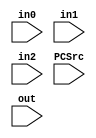
`timescale 1ns / 1ps
//////////////////////////////////////////////////////////////////////////////////
// Company: 
// Engineer: 
// 
// Design Name: 
// Module Name: DataSelect32_plus
// Project Name: 
// Target Devices: 
// Tool Versions: 
// Description: 
// 
// Dependencies: 
// 
// Revision:
// Revision 0.01 - File Created
// Additional Comments:
// 
//////////////////////////////////////////////////////////////////////////////////


module DataSelect32_plus(
    input [31:0] in0,
    input [31:0] in1,
    input [31:0] in2,
    input [1:0] PCSrc,
    input [31:0] out
    );
    assign out = (PCSrc[0] == 1)?in1:((PCSrc[1] == 1)?in2:in0);
endmodule